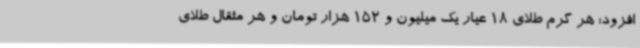
افزود: هر گرم طلای 18 عیار یک میلیون و 152 هزار تومان و هر مثقال طلای